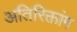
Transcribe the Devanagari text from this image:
अतिरिक्तांग